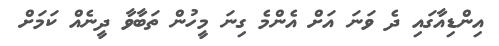
އިންޑިއާގައި ދެ ވަނަ އަށް އެންމެ ގިނަ މީހުން ތަބާވާ ދީނެއް ކަމަށް